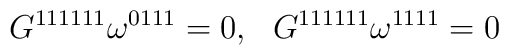
G^{111111} \omega ^{0111} =0, \ \ G^{111111} \omega^{1111} =0 \label C